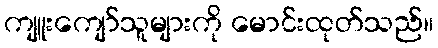
ကျူးကျော်သူများကို မောင်းထုတ်သည်။